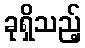
ခုရှိသည့်